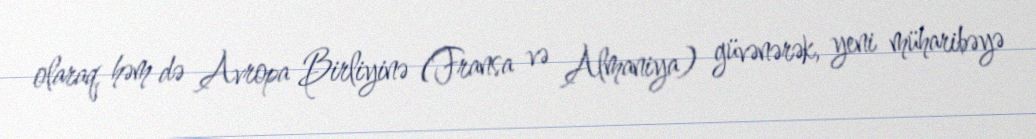
olaraq, həm də Avropa Birliyinə (Fransa və Almaniya) güvənərək, yeni müharibəyə